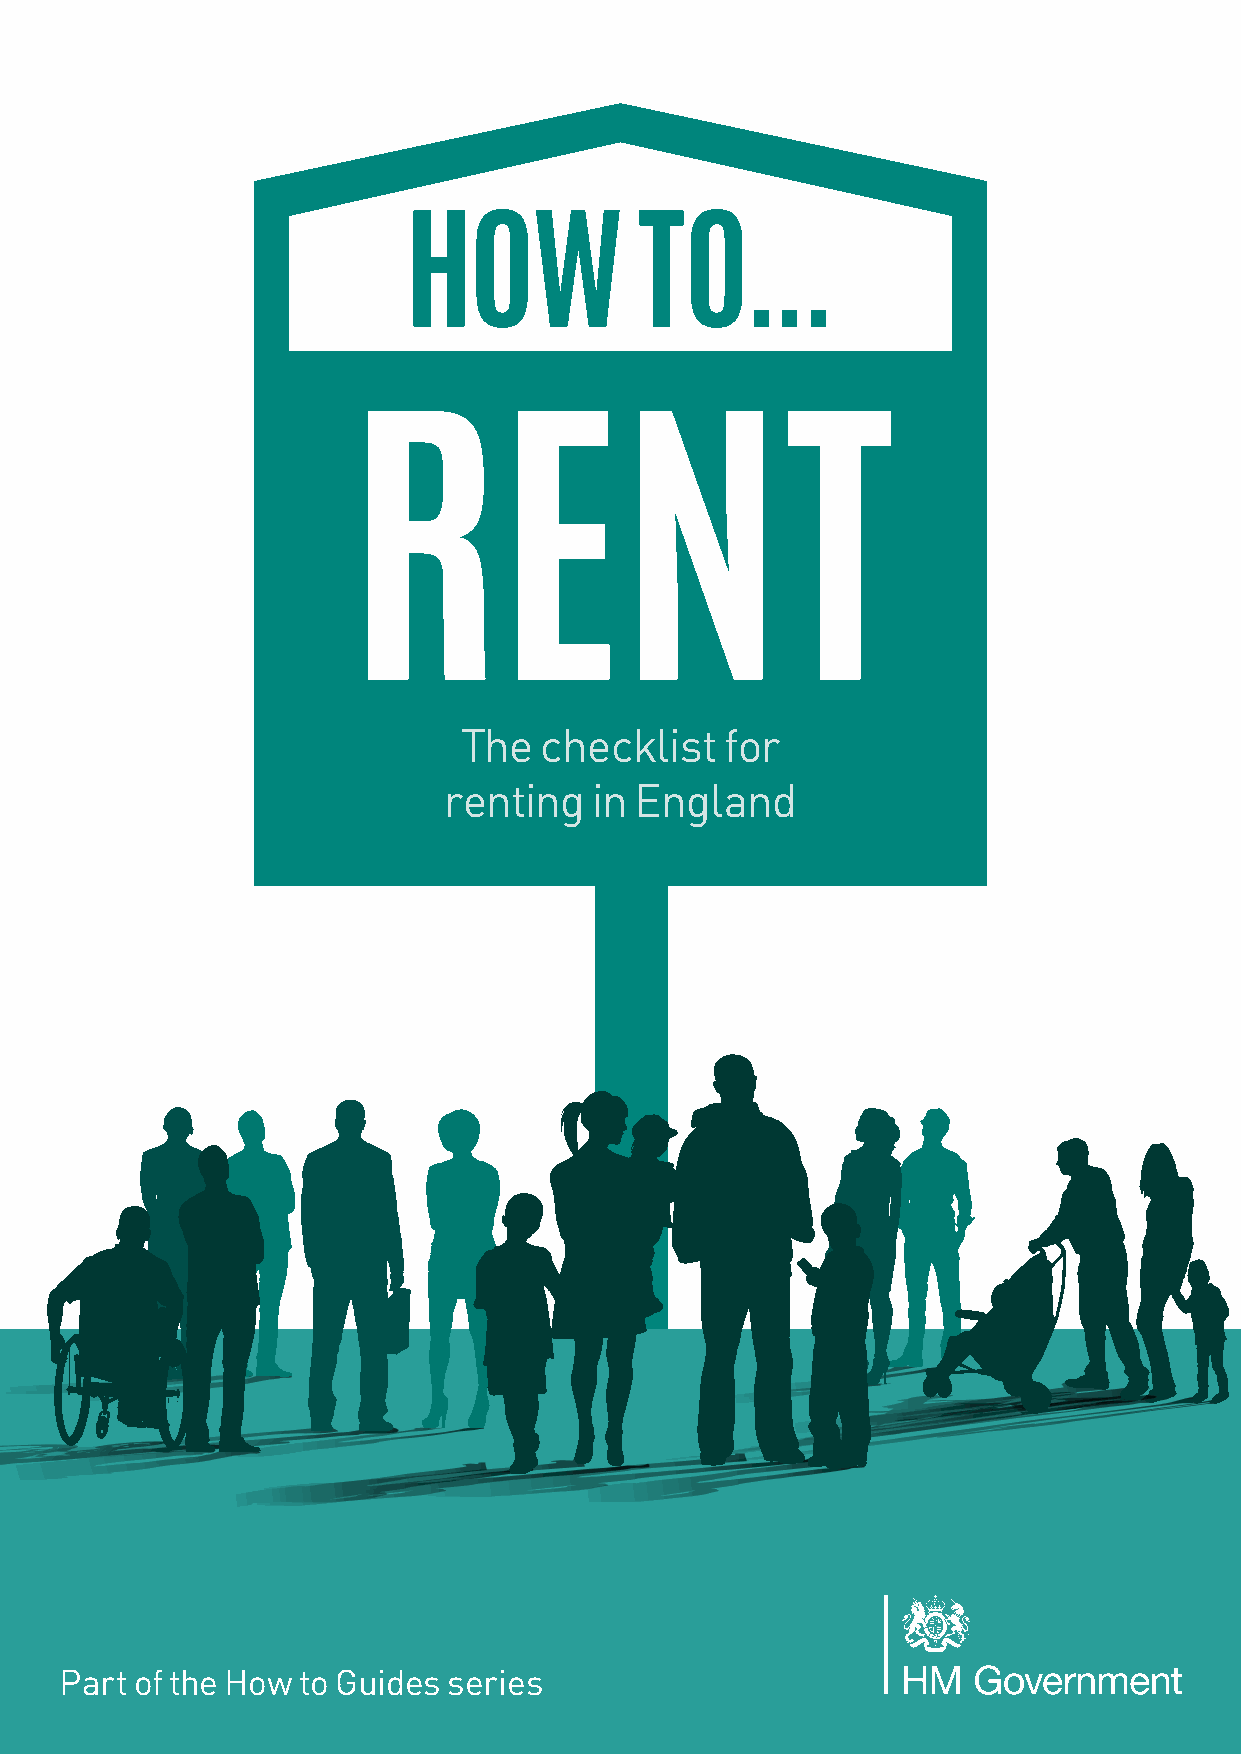
HOW TO RENT  1
 HOW            TO...
 RENT
 The   checklist   for
 renting   in England
 Part of the How to Guides series